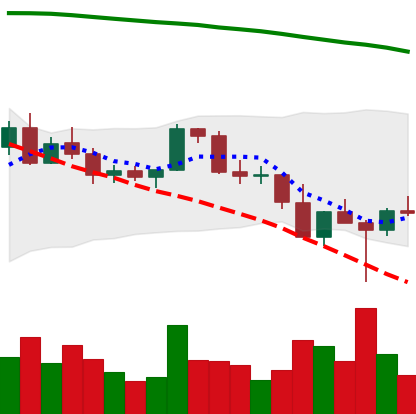
Ticker: BNB-USD
Chart end date: 2022-02-26
Forward return: 7.738%
Label: up_7plus